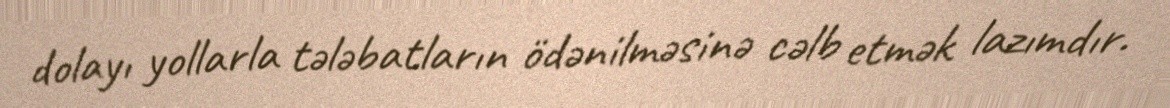
dolayı yollarla tələbatların ödənilməsinə cəlb etmək lazımdır.